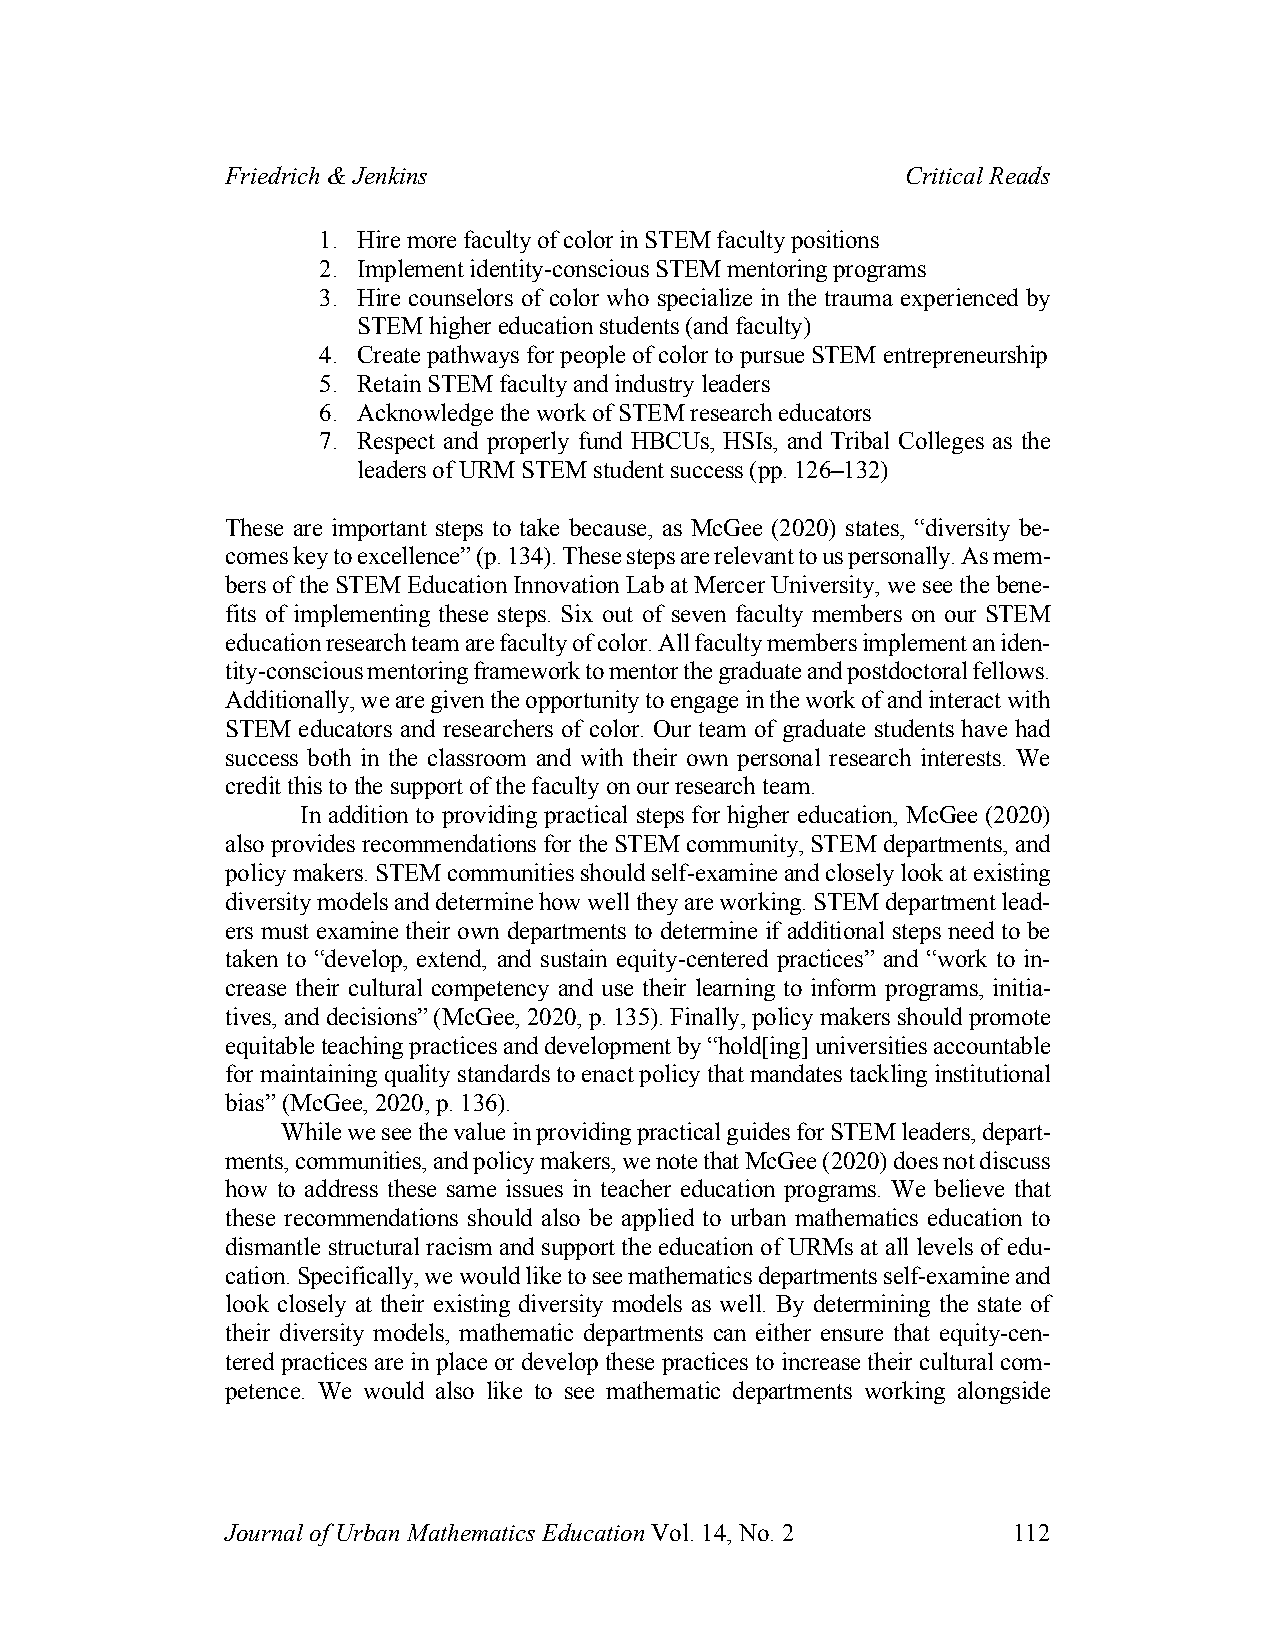
Friedrich & Jenkins                          Critical Reads
 1. Hire more faculty of color in STEM faculty positions
 2. Implement identity-conscious STEM mentoring programs
 3. Hire counselors of color who specialize in the trauma experienced by
 STEM higher education students (and faculty)
 4. Create pathways for people of color to pursue STEM entrepreneurship
 5. Retain STEM faculty and industry leaders
 6. Acknowledge the work of STEM research educators
 7. Respect and properly fund HBCUs, HSIs, and Tribal Colleges as the
 leaders of URM STEM student success (pp. 126–132)
 These are important steps to take because, as McGee (2020) states, “diversity be-
 comes key to excellence” (p. 134). These steps are relevant to us personally. As mem-
 bers of the STEM Education Innovation Lab at Mercer University, we see the bene-
 fits of implementing these steps. Six out of seven faculty members on our STEM
 education research team are faculty of color. All faculty members implement an iden-
 tity-conscious mentoring framework to mentor the graduate and postdoctoral fellows.
 Additionally, we are given the opportunity to engage in the work of and interact with
 STEM educators and researchers of color. Our team of graduate students have had
 success both in the classroom and with their own personal research interests. We
 credit this to the support of the faculty on our research team.
 In addition to providing practical steps for higher education, McGee (2020)
 also provides recommendations for the STEM community, STEM departments, and
 policy makers. STEM communities should self-examine and closely look at existing
 diversity models and determine how well they are working. STEM department lead-
 ers must examine their own departments to determine if additional steps need to be
 taken to “develop, extend, and sustain equity-centered practices” and “work to in-
 crease their cultural competency and use their learning to inform programs, initia-
 tives, and decisions” (McGee, 2020, p. 135). Finally, policy makers should promote
 equitable teaching practices and development by “hold[ing] universities accountable
 for maintaining quality standards to enact policy that mandates tackling institutional
 bias” (McGee, 2020, p. 136).
 While we see the value in providing practical guides for STEM leaders, depart-
 ments, communities, and policy makers, we note that McGee (2020) does not discuss
 how to address these same issues in teacher education programs. We believe that
 these recommendations should also be applied to urban mathematics education to
 dismantle structural racism and support the education of URMs at all levels of edu-
 cation. Specifically, we would like to see mathematics departments self-examine and
 look closely at their existing diversity models as well. By determining the state of
 their diversity models, mathematic departments can either ensure that equity-cen-
 tered practices are in place or develop these practices to increase their cultural com-
 petence. We would also like to see mathematic departments working alongside
 Journal of Urban Mathematics Education Vol. 14, No. 2 112